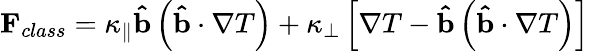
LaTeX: \mathbf{F}_{class}=\kappa_{\parallel}\mathbf{\hat{b}}\left(\mathbf{\hat{b}}\cdot\nabla T\right)+\kappa_{\perp}\left[\nabla T-\mathbf{\hat{b}}\left(\mathbf{\hat{b}}\cdot\nabla T\right)\right]